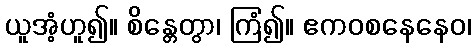
ယူအံ့ဟူ၍။ စိန္တေတွာ၊ ကြံ၍။ ဧကဝစနေနေဝ၊